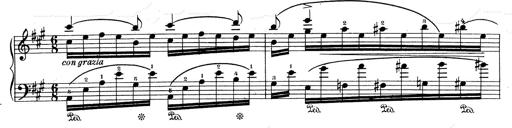
Title: RÃ©miniscences de Don Juan
Composer: Franz Liszt